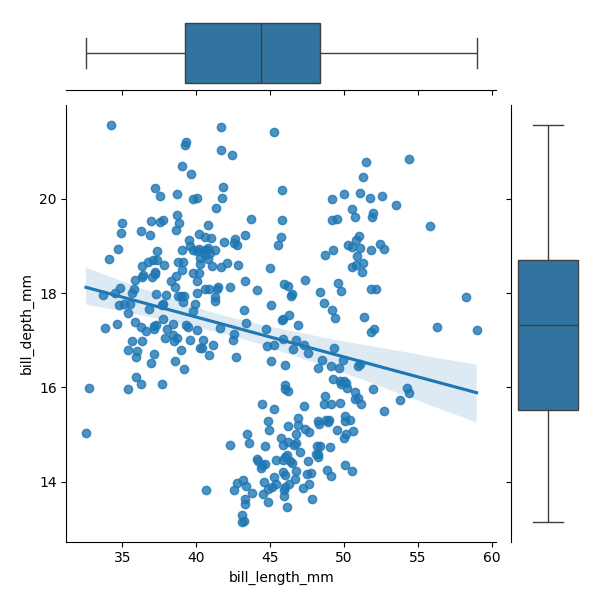
python, seaborn, JointGrid, regplot, boxplot